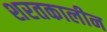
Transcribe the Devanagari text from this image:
शरतकालीन